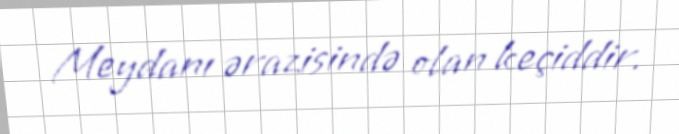
Meydanı ərazisində olan keçiddir.